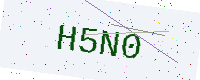
Text: H5N0